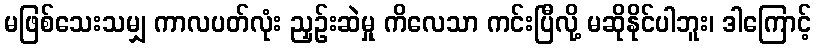
မဖြစ်သေးသမျှ ကာလပတ်လုံး ညှဉ်းဆဲမှု ကိလေသာ ကင်းပြီလို့ မဆိုနိုင်ပါဘူး၊ ဒါကြောင့်